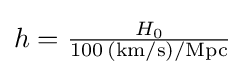
{\textstyle h={\frac {H_{0}}{100\,\mathrm {(km/s)/Mpc} }}}